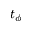
t _ { \phi }